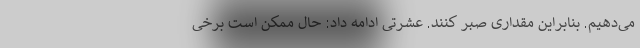
می‌دهیم. بنابراین مقداری صبر کنند. عشرتی ادامه داد: حال ممکن است برخی